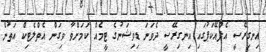
އިނގިރޭސީ އެފްއޭކަޕުގައި އިނގިރޭސީ ދެވަނަ ޑިވިޝަނުގެ ޓީމެއް ކަމަށްވާ ވިގަން އެތްލެޓިކް އަތުން